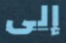
إلى